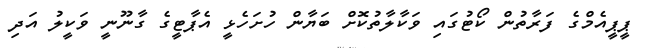
ޕީޕީއެމްގެ ފަރާތުން ކޯޓުގައި ވަކާލާތުކޮށް ބަޔާން ހުށަހެޅީ އެޕާޓީގެ ގާނޫނީ ވަކީލު އަދި